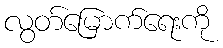
လွတ်မြောက်ရေးကို